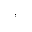
^ { , }